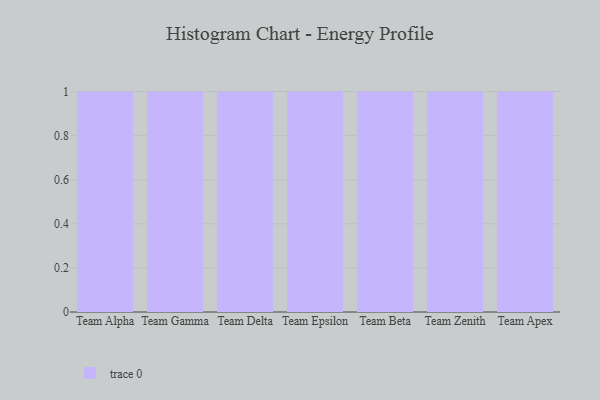
{"axis": {"x": "Team", "y": "Latency (ms)"}, "legend": [""], "data": [{"x": "Team Alpha", "y": 5, "type": ""}, {"x": "Team Gamma", "y": 13, "type": ""}, {"x": "Team Delta", "y": 36, "type": ""}, {"x": "Team Epsilon", "y": 56, "type": ""}, {"x": "Team Beta", "y": 99, "type": ""}, {"x": "Team Zenith", "y": 32, "type": ""}, {"x": "Team Apex", "y": 8, "type": ""}]}